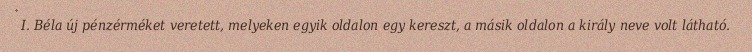
I. Béla új pénzérméket veretett, melyeken egyik oldalon egy kereszt, a másik oldalon a király neve volt látható.